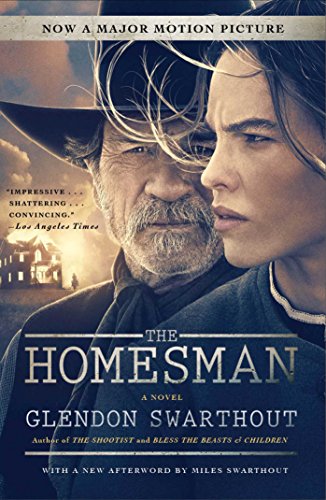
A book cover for The Homesman: A Novel; Glendon Swarthout; Literature & Fiction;